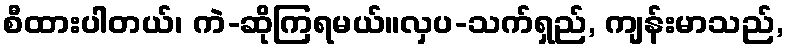
စီထားပါတယ်၊ ကဲ-ဆိုကြရမယ်။လှပ-သက်ရှည်, ကျန်းမာသည်,